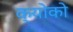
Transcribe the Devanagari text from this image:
क्योको